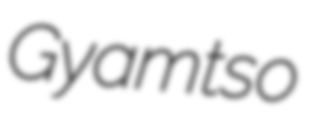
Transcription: Gyamtso